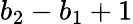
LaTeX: b_{2}-b_{1}+1